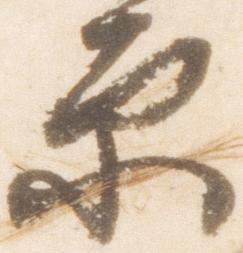
原